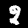
Digit: 8